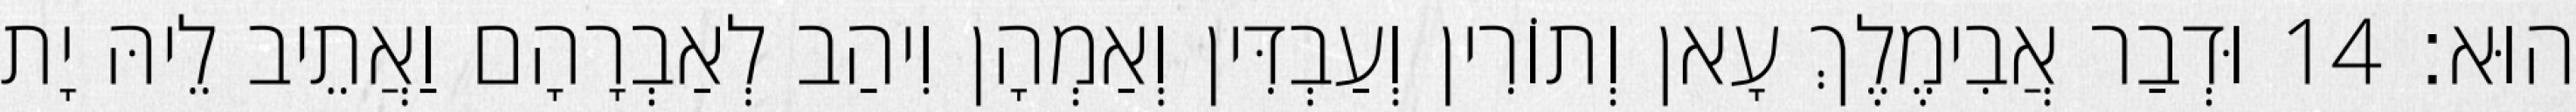
הוּא׃ 14 וּדְבַר אֲבִימֶלֶךְ עָאן וְתוֹרִין וְעַבְדִּין וְאַמְהָן וִיהַב לְאַבְרָהָם וַאֲתֵיב לֵיהּ יָת